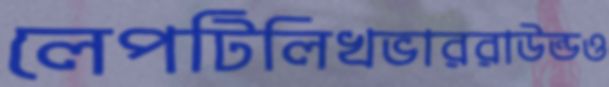
লেপটিলিখভাররাউন্ডও